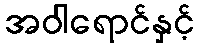
အဝါရောင်နှင့်